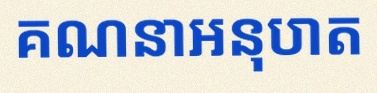
គណនាអនុបាត